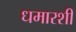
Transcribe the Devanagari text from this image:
धमारशी